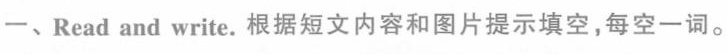
一、Read and write.根据短文内容和图片提示填空,每空一词.